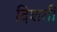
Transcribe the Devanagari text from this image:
दिशतीं